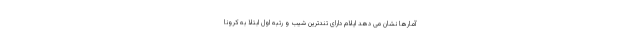
آمارها نشان می دهد ایلام دارای تندترین شیب و رتبه اول ابتلا به کرونا